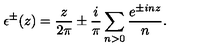
\epsilon ^ { \pm } ( z ) = \frac { z } { 2 \pi } \pm \frac { i } { \pi } \sum _ { n > 0 } \frac { e ^ { \pm i n z } } { n } .